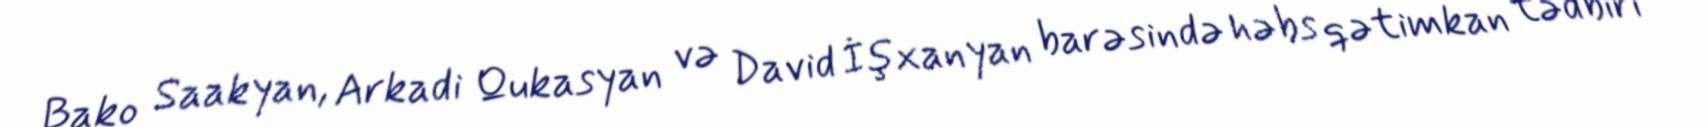
Bako Saakyan, Arkadi Qukasyan və David İşxanyan barəsində həbs qətimkan tədbiri